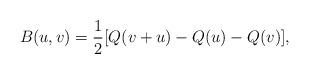
LaTeX: \begin{align*}B(u,v)=\frac{1}{2}[Q(v+u)-Q(u)-Q(v)],\end{align*}